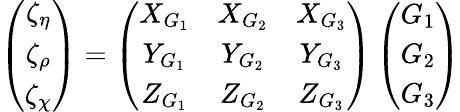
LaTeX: \left(\begin{array}{c}{{\zeta_{\eta}}}\\ {{\zeta_{\rho}}}\\ {{\zeta_{\chi}}}\end{array}\right)=\left(\begin{array}{ccc}{{X_{G_{1}}}}&{{X_{G_{2}}}}&{{X_{G_{3}}}}\\ {{Y_{G_{1}}}}&{{Y_{G_{2}}}}&{{Y_{G_{3}}}}\\ {{Z_{G_{1}}}}&{{Z_{G_{2}}}}&{{Z_{G_{3}}}}\end{array}\right)\left(\begin{array}{c}{{G_{1}}}\\ {{G_{2}}}\\ {{G_{3}}}\end{array}\right)